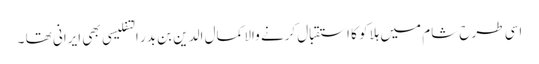
اسی طرح شام میں ہلاکو کا استقبال کرنے والا کمال الدین بن بدر التفلیسی بھی ایرانی تھا ۔